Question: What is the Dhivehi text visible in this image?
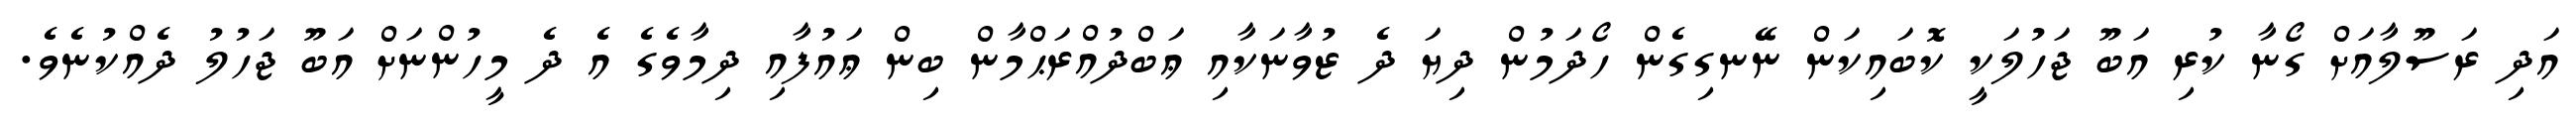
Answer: އަދި ރަސޫލާއަށް ގޯނާ ކުރި އަބޫ ޖަހުލަކީ ކޮބައިކަން ނޭނގިގެން ހޯދަމުން ދިޔަ ދެ ޒުވާނަކާއި ޢަބްދުއްރަޙްމާން ބިން ޢައުފާއި ދިމާވެގެ އެ ދެ މީހުންނަށް އަބޫ ޖަހުލު ދެއްކުނެވެ.